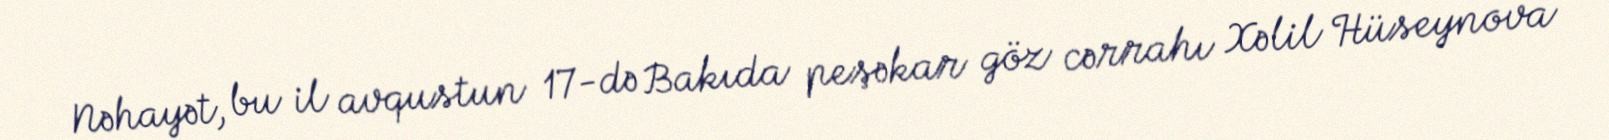
Nəhayət, bu il avqustun 17-də Bakıda peşəkar göz cərrahı Xəlil Hüseynova